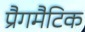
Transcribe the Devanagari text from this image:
प्रैगमैटिक